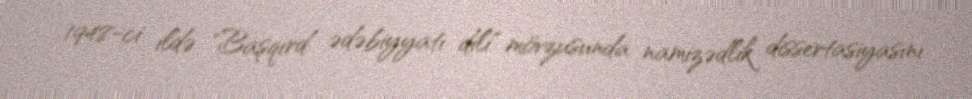
1948-ci ildə "Başqırd ədəbiyyatı dili" mövzusunda namizədlik dissertasiyasını